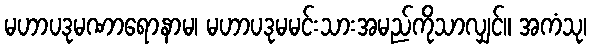
မဟာပဒုမဏာရောနာမ၊ မဟာပဒုမမင်းသားအမည်ကိုသာလျှင်။ အကံသု၊